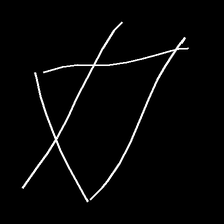
Glyph: empower